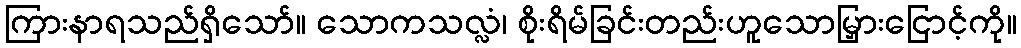
ကြားနာရသည်ရှိသော်။ သောကသလ္လံ၊ စိုးရိမ်ခြင်းတည်းဟူသောမြှားငြောင့်ကို။